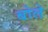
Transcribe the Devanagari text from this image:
बोले़